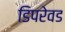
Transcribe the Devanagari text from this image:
डिपरेवड